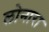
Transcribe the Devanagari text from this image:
लोनारा